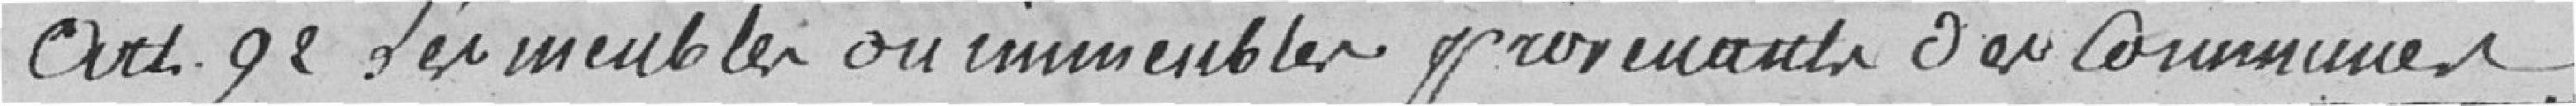
Art.92 Les meubles ou immeubles provenant des communes